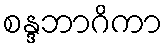
စန္ဒဘာဂိကာ